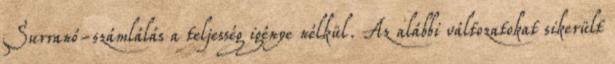
Surranó-számlálás a teljesség igénye nélkül. Az alábbi változatokat sikerült